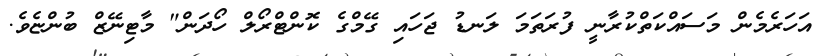
އަހަރެމެން މަސައްކަތްކުރާނީ ފުރަތަމަ ލަނޑު ޖަހައި ގޭމްގެ ކޮންޓްރޯލް ހޯދަން" މާޓިނޭޒް ބުންޏެވެ.